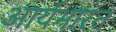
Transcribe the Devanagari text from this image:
आर्यभारत